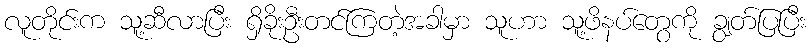
လူတိုင်းက သူ့ဆီလာပြီး ရှိခိုးဦးတင်ကြတဲ့အခါမှာ သူဟာ သူ့ဖိနပ်တွေကို ချွတ်ပြပြီး